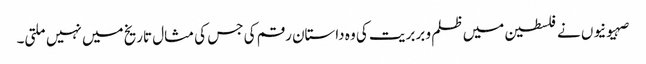
صہیونیوں نے فلسطین میں ظلم و بربریت کی وہ داستان رقم کی جس کی مثال تاریخ میں نہیں ملتی۔